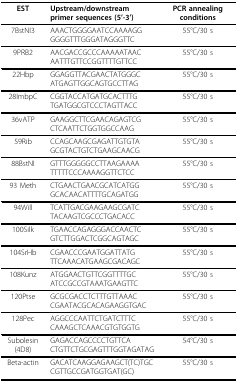
<table><thead><tr><td><b>EST</b></td><td><b>Upstream/downstream primer sequences (5&#x27;-3&#x27;)</b></td><td><b>PCR annealing conditions</b></td></tr></thead><tbody><tr><td>7BstNI3</td><td>AAACTGGGGAATCCAAAAGGGGGGTTTGGGATAGGGTTC</td><td>55°C/30 s</td></tr><tr><td>9PRB2</td><td>AACGACCGCCCAAAAATAACAATTTGTTCCGGTTTTGTTCC</td><td>55°C/30 s</td></tr><tr><td>22Hbp</td><td>GGAGGTTACGAACTATGGGCATGAGTTGGCAGTGCCTTAG</td><td>55°C/30 s</td></tr><tr><td>28ImbpC</td><td>CGGTACCATGATGCACTTTGTGATGGCGTCCCTAGTTACC</td><td>55°C/30 s</td></tr><tr><td>36vATP</td><td>GAAGGCTTCGAACAGAGTCGCTCAATTCTGGTGGCCAAG</td><td>55°C/30 s</td></tr><tr><td>59Rib</td><td>CCAGCAAGCGAGATTGTGTAGCGTACTGTCTGAAGCAACG</td><td>55°C/30 s</td></tr><tr><td>88BstNI</td><td>GTTTGGGGGCCTTAAGAAAATTTTTCCCAAAAGGTTCTCC</td><td>55°C/30 s</td></tr><tr><td>93 Meth</td><td>CTGAACTGAACGCATCATGGGCACAACATTTTGCAGATGG</td><td>55°C/30 s</td></tr><tr><td>94Will</td><td>TCATTGACGAAGAAGCGATCTACAAGTCGCCCTGACACC</td><td>55°C/30 s</td></tr><tr><td>100Silk</td><td>TGAACCAGAGGGACCAACTCGTCTTGGACTCGGCAGTAGC</td><td>55°C/30 s</td></tr><tr><td>104SrHb</td><td>CGAACCCGAATGGATTATGTTCAAACATGAAGCGACAGC</td><td>55°C/30 s</td></tr><tr><td>108Kunz</td><td>ATGGAACTGTTCGGTTTTGCATCCGCCGTAAATGAAGTTC</td><td>55°C/30 s</td></tr><tr><td>120Ptse</td><td>GCGCGACCTCTTTGTTAAACCGAATACGCACAGAAGGTGAC</td><td>55°C/30 s</td></tr><tr><td>128Pec</td><td>AGGCCCAATTCTGATCTTTCCAAAGCTCAAACGTGTGGTG</td><td>55°C/30 s</td></tr><tr><td>Subolesin (4D8)</td><td>GAGACCAGCCCCTGTTCACTGTTCTGCGAGTTTGGTAGATAG</td><td>54°C/30 s</td></tr><tr><td>Beta-actin</td><td>GACATCAAGGAGAAGCT(TC)TGCCGTTGCCGATGGTGAT(GC)</td><td>55°C/30 s</td></tr></tbody></table>